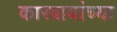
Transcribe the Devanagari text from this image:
कारवायांच्या